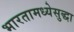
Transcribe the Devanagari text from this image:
भारतामध्येसुद्धा